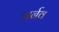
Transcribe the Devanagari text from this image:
अर्नव